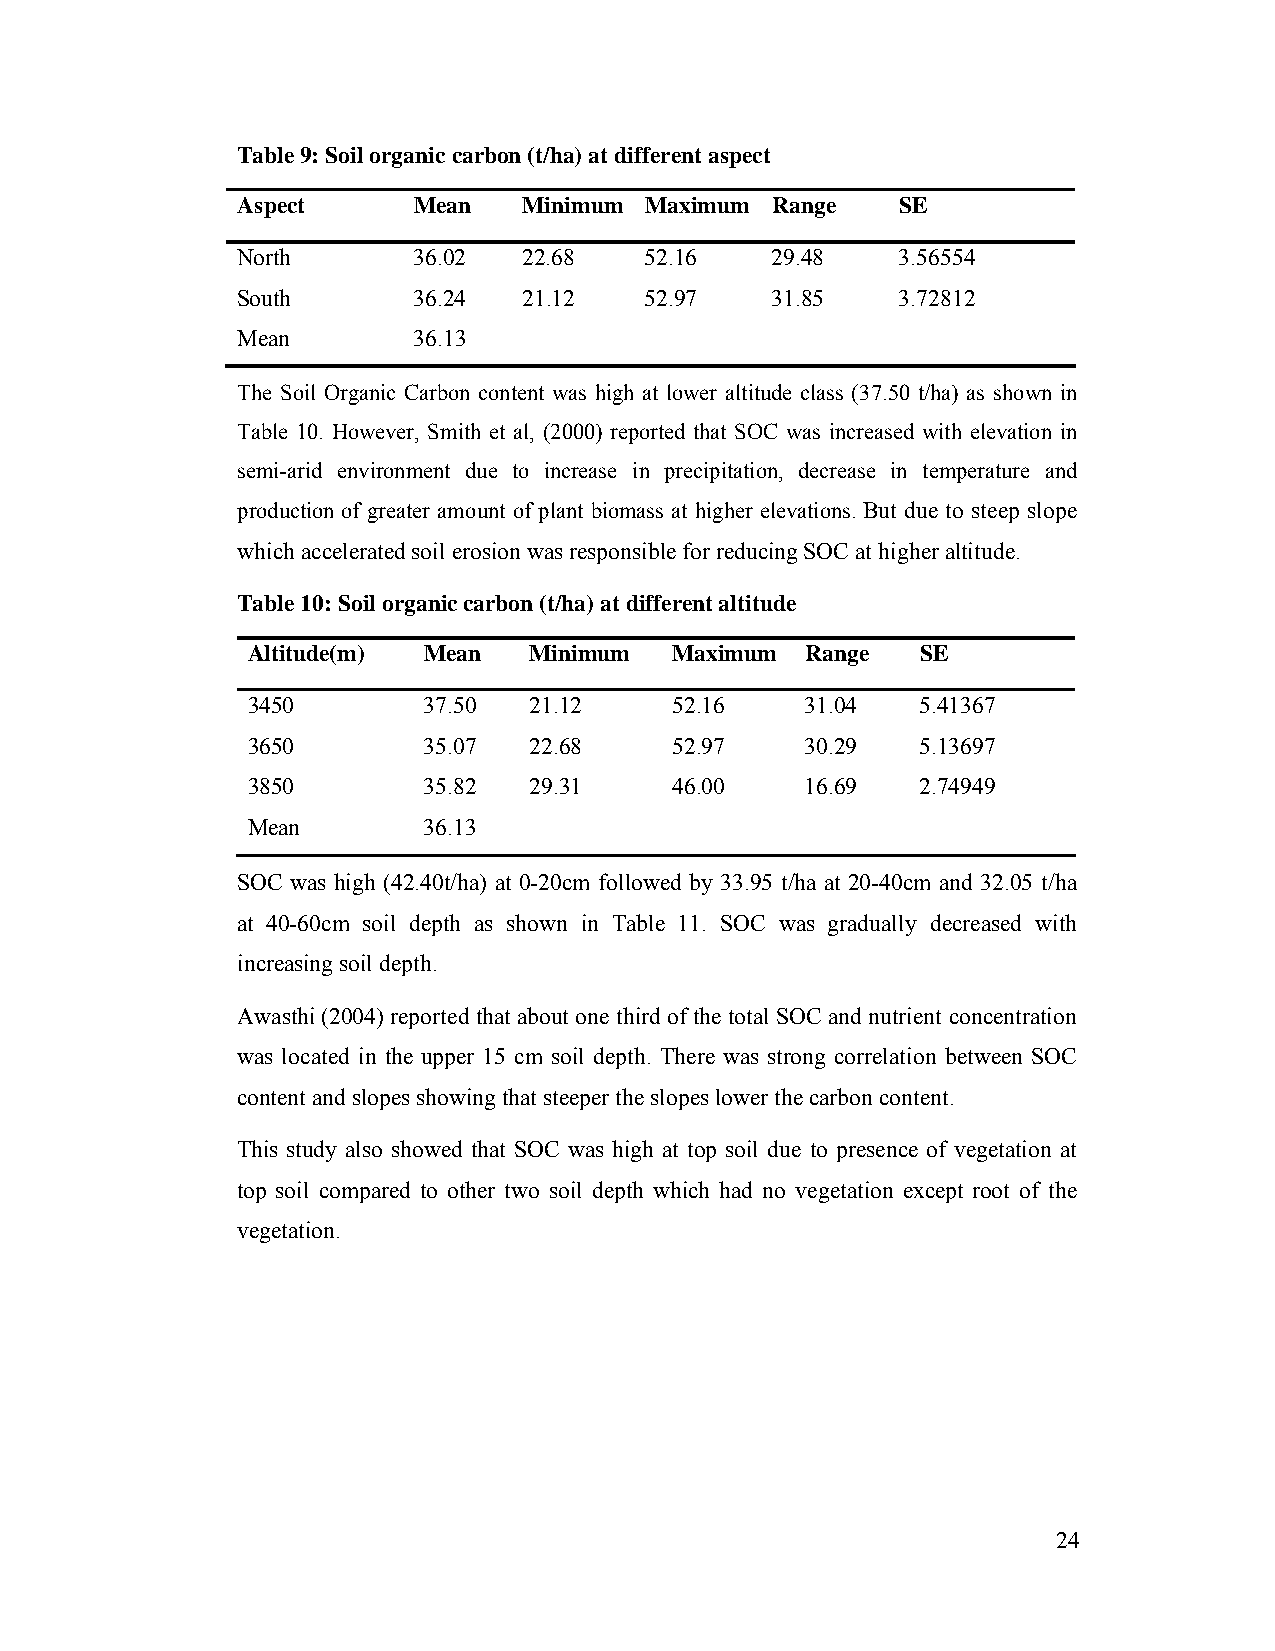
Table 9: Soil organic carbon (t/ha) at different aspect
 Aspect     Mean    Minimum Maximum Range    SE
 North      36.02   22.68   52.16   29.48    3.56554
 South      36.24   21.12   52.97   31.85    3.72812
 Mean       36.13
 The Soil Organic Carbon content was high at lower altitude class (37.50 t/ha) as shown in
 Table 10. However, Smith et al, (2000) reported that SOC was increased with elevation in
 semi-arid environment due to increase in precipitation, decrease in temperature and
 production of greater amount of plant biomass at higher elevations. But due to steep slope
 which accelerated soil erosion was responsible for reducing SOC at higher altitude.
 Table 10: Soil organic carbon (t/ha) at different altitude
 Altitude(m) Mean   Minimum   Maximum Range   SE
 3450        37.50  21.12     52.16   31.04   5.41367
 3650        35.07  22.68     52.97   30.29   5.13697
 3850        35.82  29.31     46.00   16.69   2.74949
 Mean        36.13
 SOC was high (42.40t/ha) at 0-20cm followed by 33.95 t/ha at 20-40cm and 32.05 t/ha
 at 40-60cm soil depth as shown in Table 11. SOC was gradually decreased with
 increasing soil depth.
 Awasthi (2004) reported that about one third of the total SOC and nutrient concentration
 was located in the upper 15 cm soil depth. There was strong correlation between SOC
 content and slopes showing that steeper the slopes lower the carbon content.
 This study also showed that SOC was high at top soil due to presence of vegetation at
 top soil compared to other two soil depth which had no vegetation except root of the
 vegetation.
 24